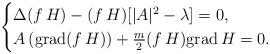
LaTeX: \begin{align*}\begin{cases}\Delta (f\,H)-(f\,H )[|A|^{2}-\lambda]=0,\\A\,({\rm grad}(f\,H)) +\frac{m}{2}(f\,H) {\rm grad}\, H=0.\end{cases}\end{align*}